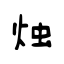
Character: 烛